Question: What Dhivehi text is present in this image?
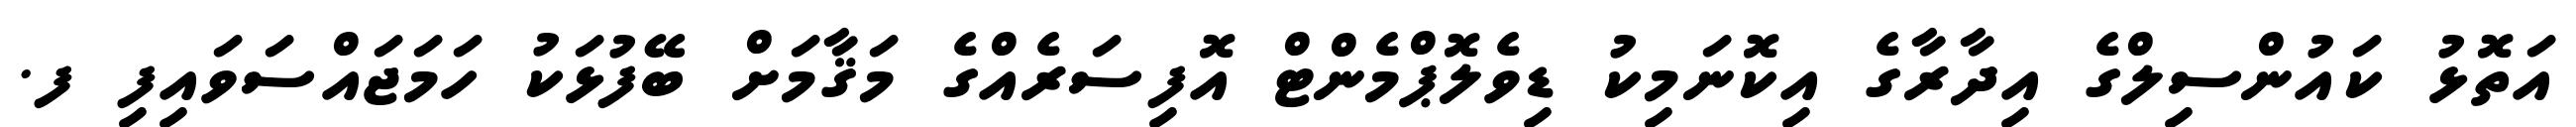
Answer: އަތޮޅު ކައުންސިލްގެ އިދާރާގެ އިކޮނަމިކު ޑިވެލޮޕްމެންޓް އޮފިސަރެއްގެ މަޤާމަށް ބޭފުޅަކު ހަމަޖައްސަވައިފި ފ.